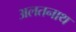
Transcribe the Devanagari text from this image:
अलतनाथ